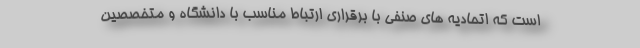
است که اتحادیه های صنفی با برقراری ارتباط مناسب با دانشگاه و متخصصین